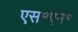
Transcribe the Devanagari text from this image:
एस॰एम॰